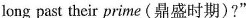
long past their prime(鼎盛时期)?"